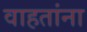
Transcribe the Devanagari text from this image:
वाहतांना